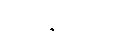
ဤဒိသကံ